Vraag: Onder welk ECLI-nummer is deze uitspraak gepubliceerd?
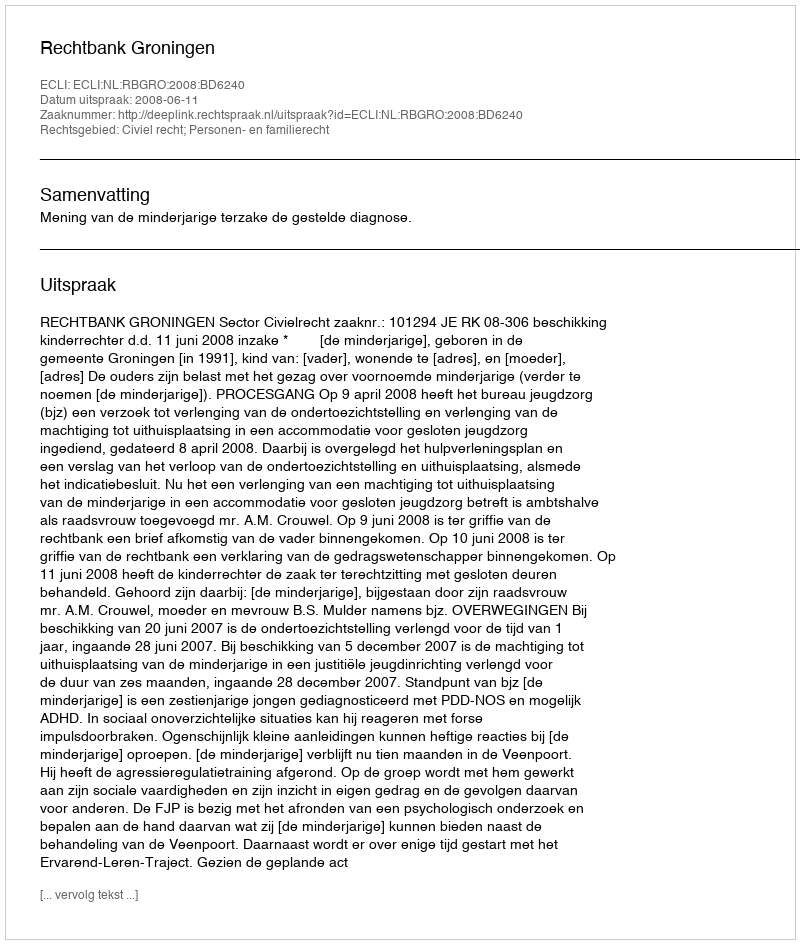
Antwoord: ECLI:NL:RBGRO:2008:BD6240